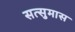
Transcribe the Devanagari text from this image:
सत्सुमास